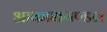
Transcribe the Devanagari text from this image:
आकाशमण्डल